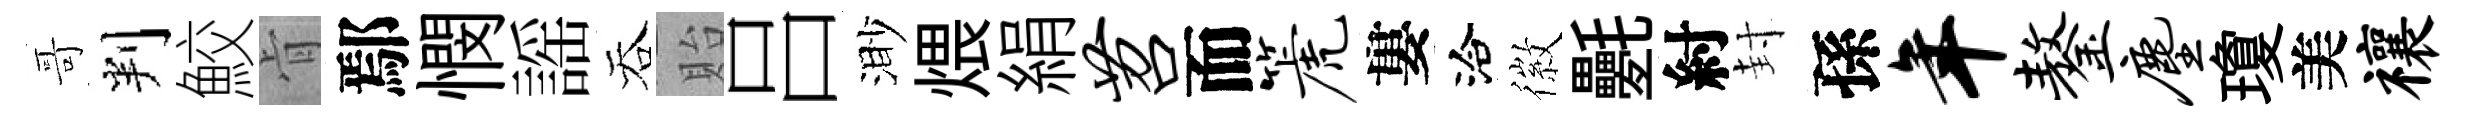
哥判鮫肻鄢憫謡吞貽吕渺煨絹苕而篪婁洽徽氎紂封孫年鏊尘瓊美禳